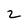
Character: 2